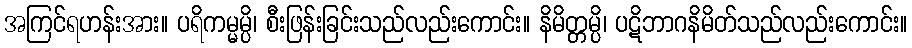
အကြင်ရဟန်းအား။ ပရိကမ္မမ္ပိ၊ စီးဖြန်းခြင်းသည်လည်းကောင်း။ နိမိတ္တမ္ပိ၊ ပဋိဘာဂနိမိတ်သည်လည်းကောင်း။